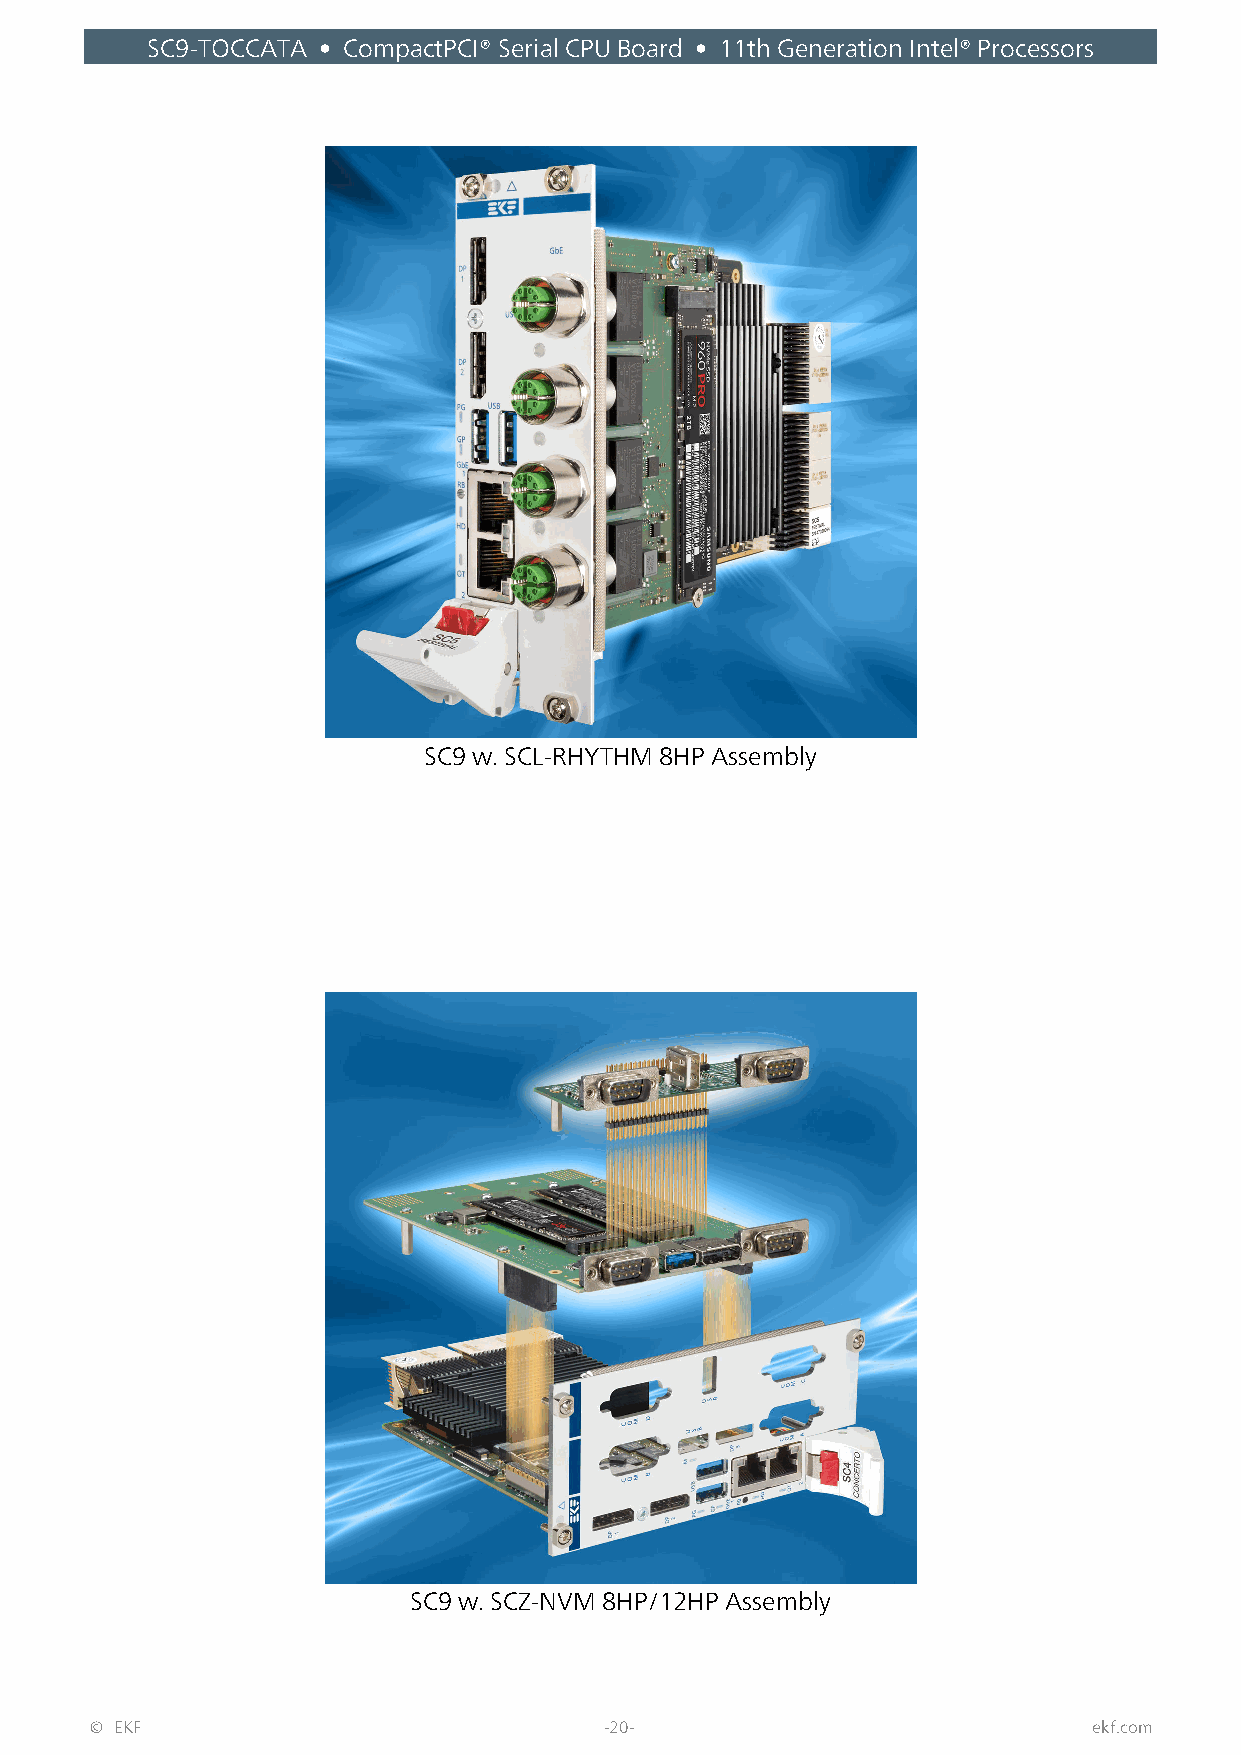
SC9-TOCCATA • CompactPCI® Serial CPU Board • 11th Generation Intel® Processors
 SC9 w. SCL-RHYTHM 8HP Assembly
 SC9 w. SCZ-NVM 8HP/12HP Assembly
 © EKF                             -20-                            ekf.com